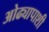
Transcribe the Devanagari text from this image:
ओढ्यापाशी